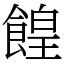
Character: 餭